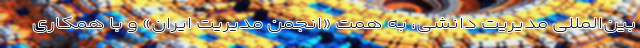
بین‌المللی مدیریت ‌دانشی، به همت «انجمن مدیریت ایران» و با همکاری